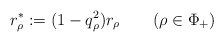
\begin{align*}r_\rho^* := (1-q_\rho^{2}) r_\rho \qquad(\rho\in\Phi_+)\end{align*}